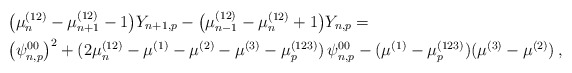
\begin{align*}&\big( \mu_n^{(12)}-\mu_{n+1}^{(12)}-1 \big) Y_{n+1,p}- \big( \mu_{n-1}^{(12)}-\mu_n^{(12)}+1 \big) Y_{n,p}= \\&\big(\psi^{00}_{n,p}\big)^2 + (2\mu_n^{(12)}-\mu^{(1)}-\mu^{(2)}-\mu^{(3)}-\mu_p^{(123)})\, \psi^{00}_{n,p} - (\mu^{(1)}-\mu_p^{(123)})(\mu^{(3)}-\mu^{(2)}) \,,\end{align*}